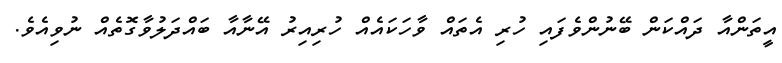
އީތަންއާ ދައްކަން ބޭނުންވެފައި ހުރި އެތައް ވާހަކައެއް ހުރިއިރު އޭނާއާ ބައްދަލުވާގޮތެއް ނުވިއެވެ.